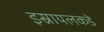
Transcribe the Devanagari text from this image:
इस्रायलकडे